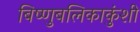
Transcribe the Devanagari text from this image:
बिष्णुबलिकाकुंशी